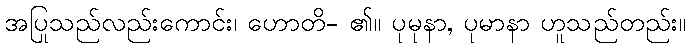
အပြုသည်လည်းကောင်း၊ ဟောတိ- ၏။ ပုမုနာ, ပုမာနာ ဟူသည်တည်း။